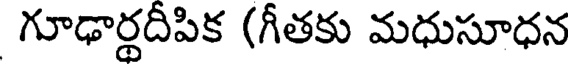
గూఢార్థదీపిక (గీతకు మధుసూధన